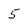
Character: 5